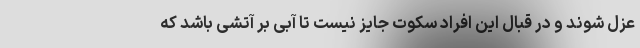
عزل شوند و در قبال این افراد سکوت جایز نیست تا آبی بر آتشی باشد که